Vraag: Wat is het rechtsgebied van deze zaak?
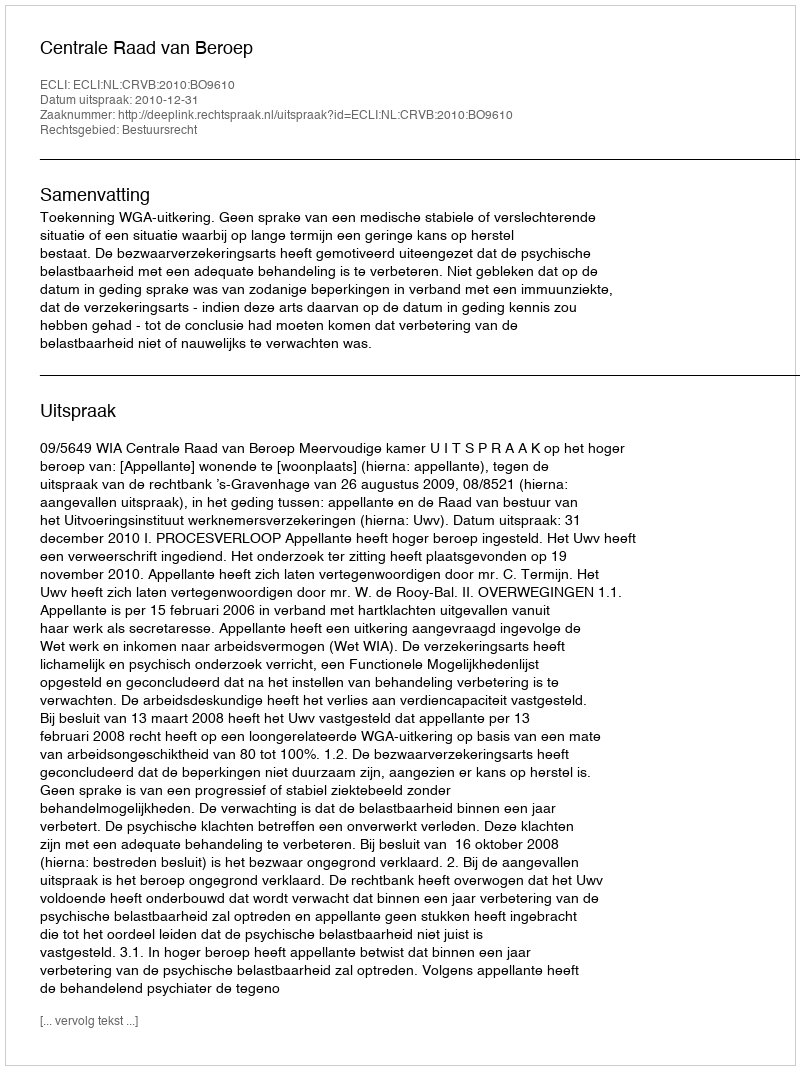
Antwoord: Bestuursrecht